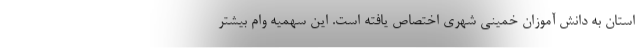
استان به دانش آموزان خمینی شهری اختصاص یافته است. این سهمیه وام بیشتر